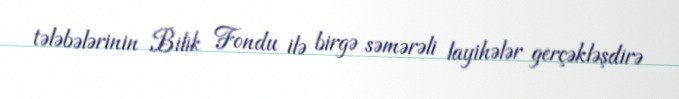
tələbələrinin Bilik Fondu ilə birgə səmərəli layihələr gerçəkləşdirə